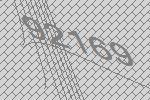
92169